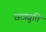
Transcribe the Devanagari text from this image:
छात्रव्रुत्ति